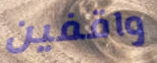
واقفين